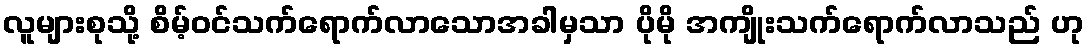
လူများစုသို့ စိမ့်ဝင်သက်ရောက်လာသောအခါမှသာ ပိုမို အကျိုးသက်ရောက်လာသည် ဟု